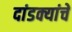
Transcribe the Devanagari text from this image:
दांडक्यांचे